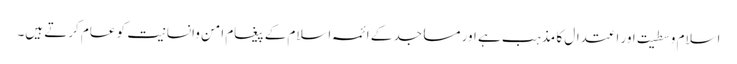
اسلام وسطیت اور اعتدال کا مذہب ہے اور مساجد کے ائمہ اسلام کے پیغام امن وانسانیت کو عام کرتے ہیں۔